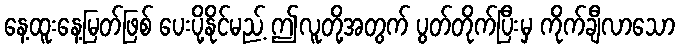
နေ့ထူးနေ့မြတ်ဖြစ် ပေးပို့နိုင်မည့် ဤလူတို့အတွက် ပွတ်တိုက်ပြီးမှ ကိုက်ချီလာသော